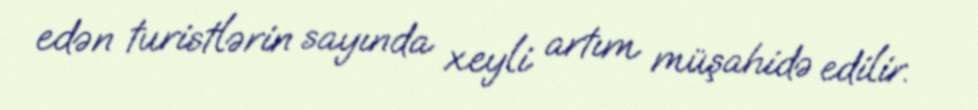
edən turistlərin sayında xeyli artım müşahidə edilir.